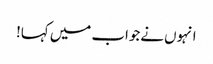
انہوں نےجواب میں کہا!